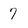
Character: 7